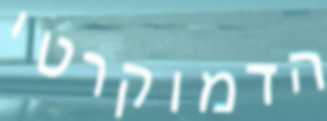
הדמוקרטי